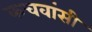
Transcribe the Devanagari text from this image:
कचवांसी